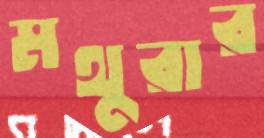
মথুরার